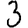
Digit: 3